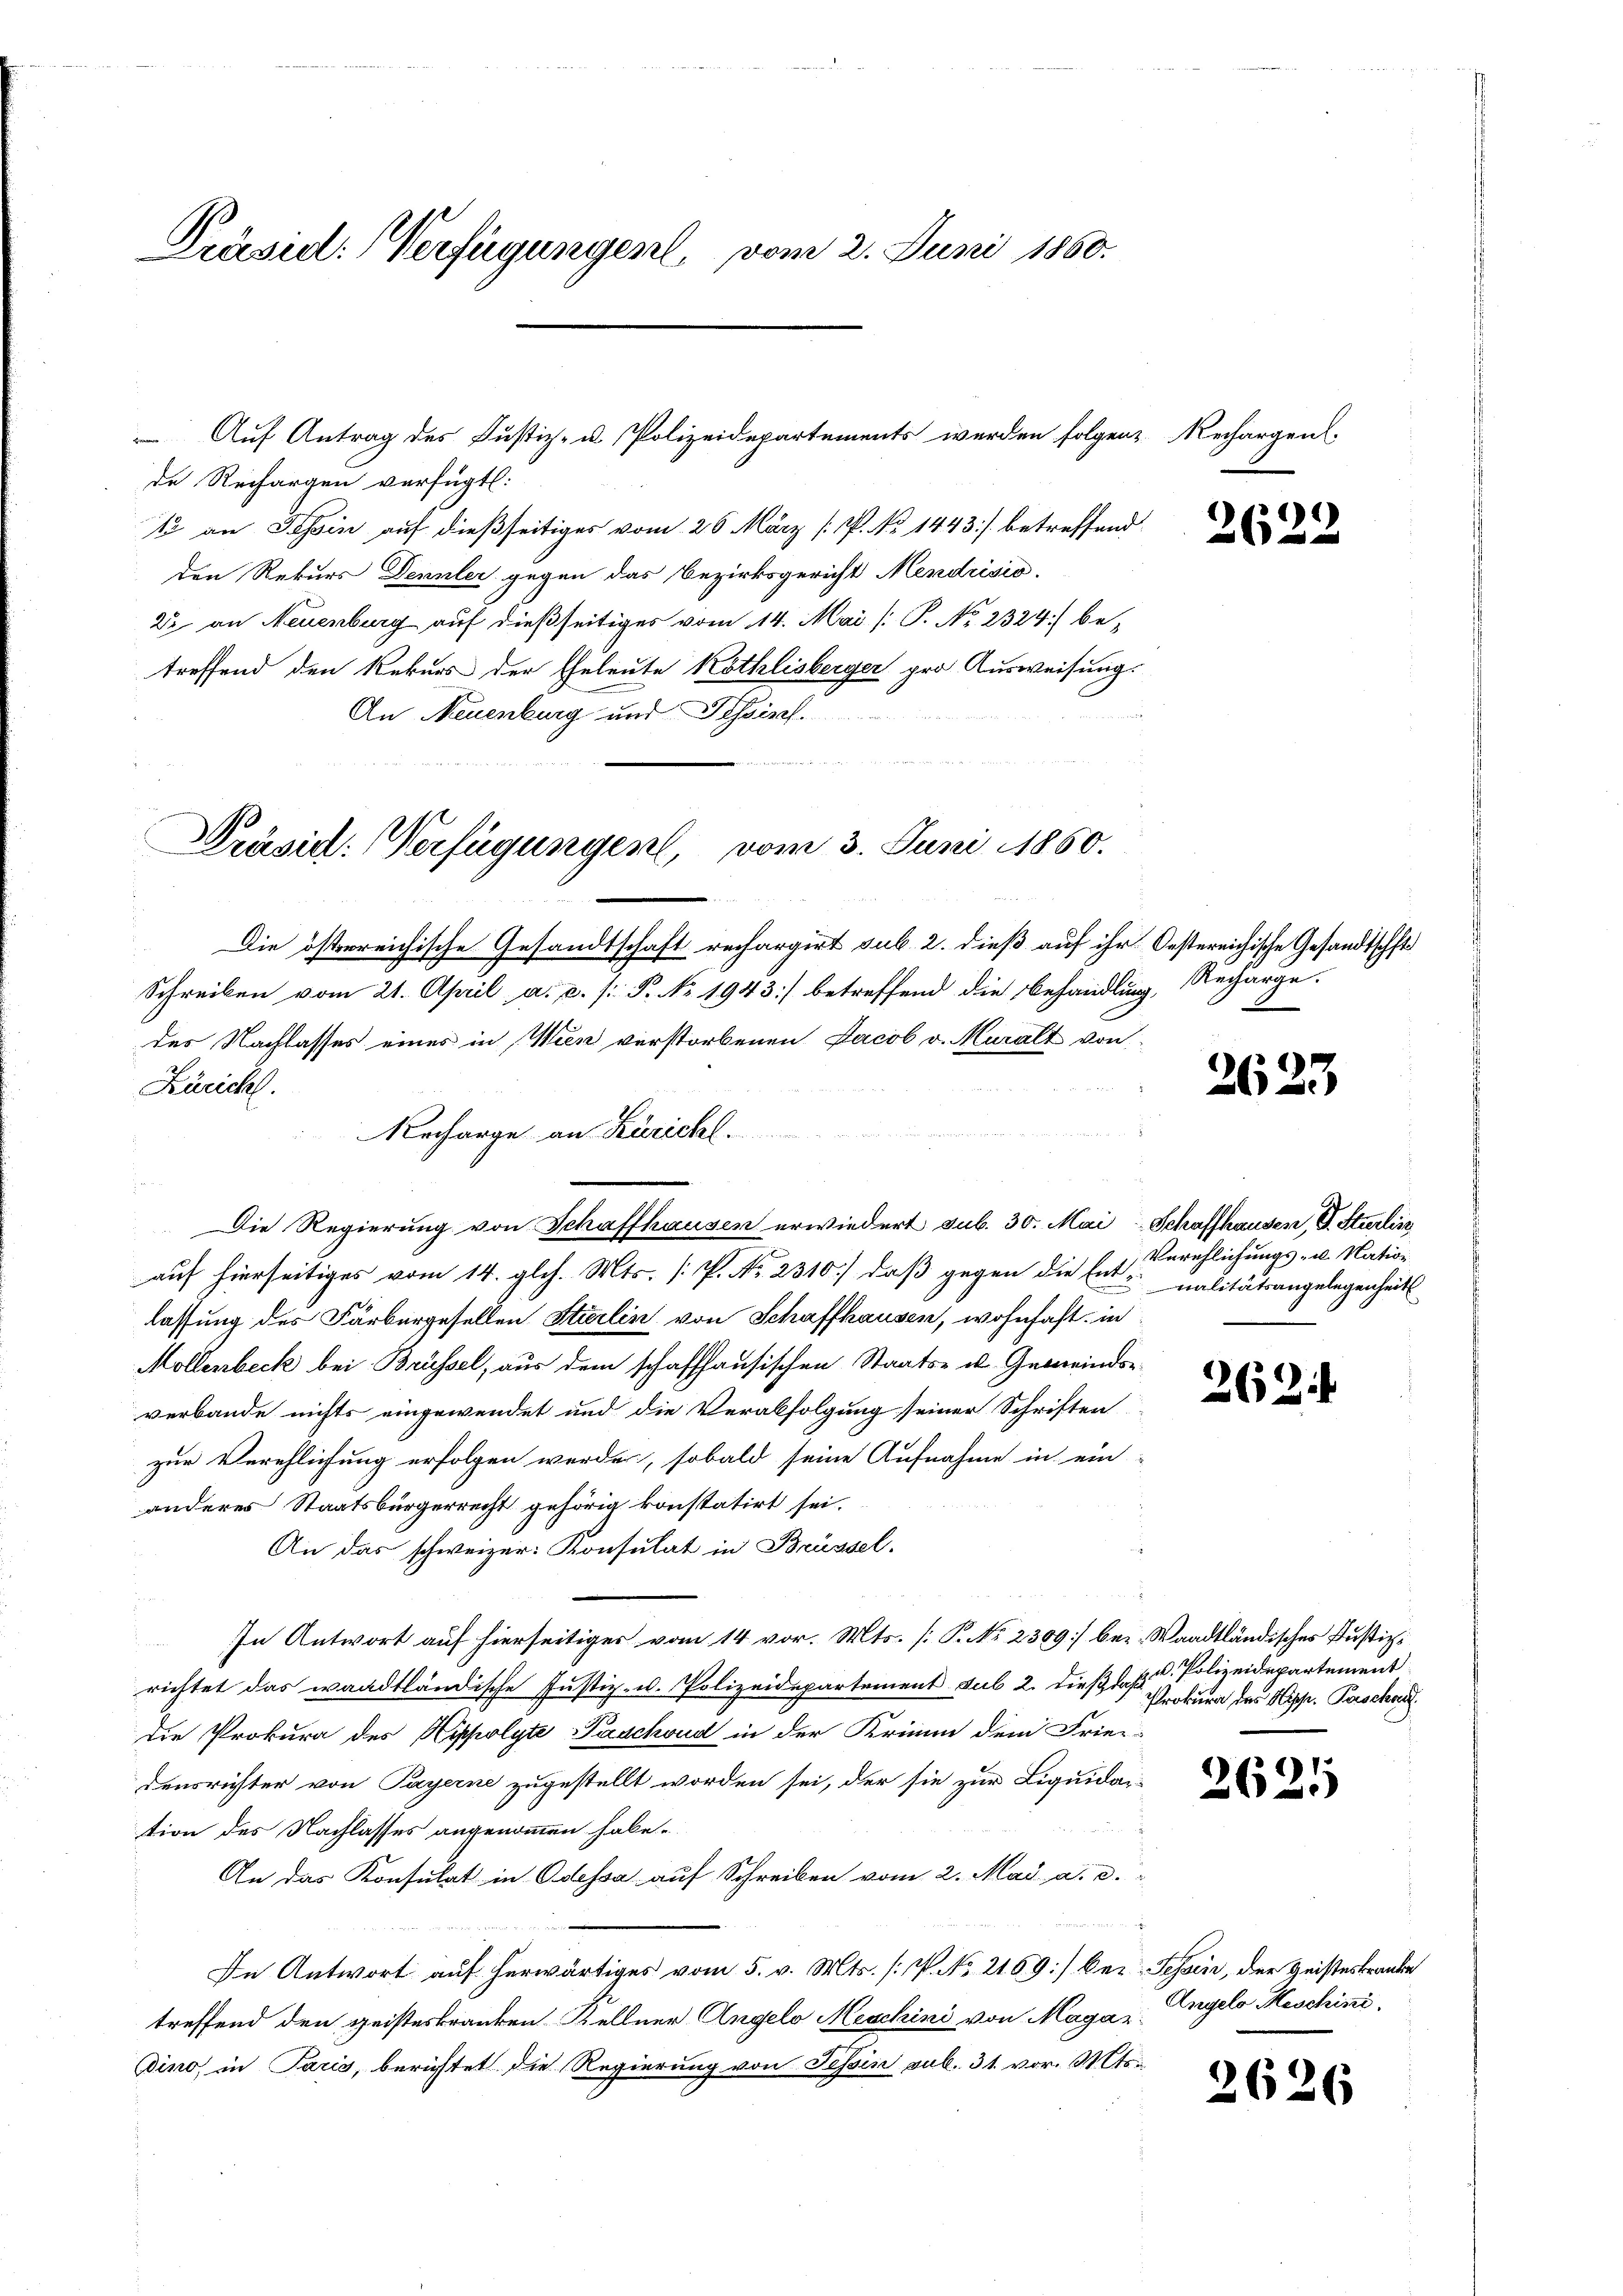
Präsid. Verfügungen, vom 2. Juni 1860.

de Rechargen verfügt:
1 an Tessin auf dießseitiges vom 26. März [P. No 1443] betreffend
den Rekurs Dennler gegen das Bezirksgericht Mendrisio
22 an Neuenburg auf dießseitiges vom 14. Mai [P. No 2324) betreffend den Rekurs der Eheleute Kothlisberger pro Ausweisung.
An Neuenburg und Tessisch.
Präsid. Verfügungen, vom 3. Juni 1850.

Auf Antrag des Justiz- u. Polizeidepartements werden folgen Rechargen

Necharge an Zürichl.

Die österreichische Gesandtschaft rechargirt sub. 2. dieß auf ihr Oestereichische Gesandtschft
Schreiben vom 21. April a. c. [: P. NNo. 1943 betreffend die Behandlung, Regarge.
des Nachlasses eines in Wien verstorbenen Jacob v. Muralt von
Züricht.
Die Regierung von Schaffhausen erwiedert sub. 30. Mai Schaffhausen, V. Sterlin
auf hierseitiges vom 14. gl. Mts. [P. Nr. 2310) daß gegen die Ent-
lassung des Färbergesellen Stürlin von Schaffhausen, wohnhaft in
Mollenbeck bei Brüssel, aus dem schaffhausischen Staats- u. Gemeinderverbande nichts eingewendet und die Verabfolgung seiner Schriften
zur Verehlichung erfolgen werde, sobald seine Aufnahme in ein-
anderes Staatsbürgerrecht gehörig konstatirt sei.
An das schweizer- Konsulat in Brüssel.
In Antwort auf hierseitiger vom 14 vor. Mts. [P. No 2309] bei Waadtländisches Justizrichtet das waadtländische Justiz- u. Polizeidepartement sub 2. dieß daß
die Prokura des Hippolyte Paschsund in der Krimin dem Frie-
densrichter von Payerne zugestellt worden sei, der sie zur Liquidar-
tion des Nachlasses angenommen habe.
An das Konsulat in Odessa auf Schreiben vom 2. Mai a. d.

In Antwort auf herwärtiges vom 5. v. Mts. (: No 2169] bei Tessin, der Geisteskranke
treffend den geisteskranken Kellner Angelo Meschini von Magar
dino, in Paris, berichtet die Regierung von Tessin sub. 31. vor. Mts.

)
26

262

3

Verehlichungs- u. Nation
nalitätsangelegenheit

262

u. Polizeidepartement
Prokura der Hepp. Poschon

2621

2626

Angelo Meschini.